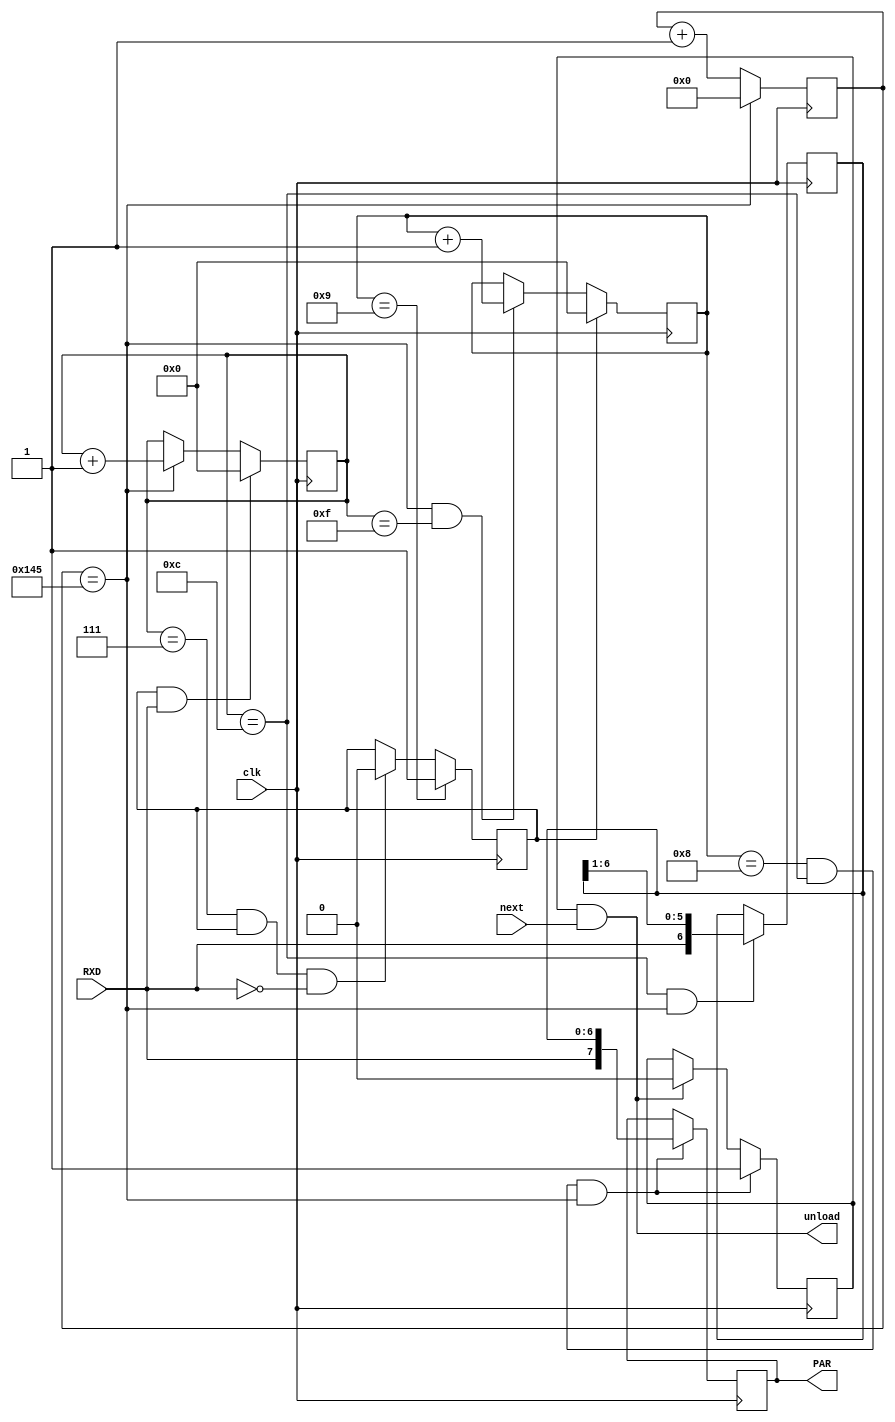
`define V 9600
module UART_Rx 
(
    input clk,
    input RXD,
    input next,

    output reg [7:0]PAR = 0,
    output wire unload
    );

	 
	 reg pause = 1'b1;
    reg [3:0]bit_cn = 4'b0;
    reg [3:0]Tbit_cn = 4'b0;
    reg inside_ready = 1'b0;
    
    reg [6:0]SHR = 7'b0;

    reg [13:0]T_F16x_cn = 14'b0;
    wire F16x = (T_F16x_cn == (50000000/`V >> 4));

    always @(posedge clk)
    begin
        T_F16x_cn <= (T_F16x_cn == (50000000/`V >> 4)) ? 14'b0 : T_F16x_cn + 14'b1;
    end 

    always @(posedge clk)
    begin
        Tbit_cn <= (pause & RXD) ? 4'b0 : F16x ? Tbit_cn + 4'b1 : Tbit_cn;
        bit_cn <= pause ? 4'b0 : (F16x & (Tbit_cn == 4'hF)) ? bit_cn + 4'b1 : bit_cn;
        pause <= (bit_cn == 4'd9) ? 1'b1 : ((Tbit_cn == 4'd7) & pause & ~RXD) ? 1'b0 : pause;
        SHR <= ((Tbit_cn == 4'd12) & F16x) ? {RXD, SHR[6:1]} : SHR;
        PAR <= ((bit_cn == 4'd8) & (Tbit_cn == 4'd12) & F16x) ? {RXD, SHR[6:0]} : PAR;
        inside_ready <= ((bit_cn == 4'd8) & (Tbit_cn == 4'd12) & F16x) ? 1'b1 : inside_ready & next ? 1'b0 : inside_ready; 
    end 

    assign unload = inside_ready & next;

endmodule